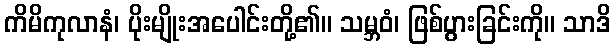
ကိမိကုလာနံ၊ ပိုးမျိုးအပေါင်းတို့၏။ သမ္ဘဝံ၊ ဖြစ်ပွားခြင်းကို။ သာဒိ